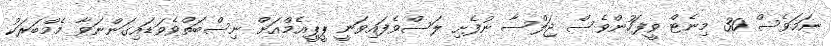
ނަމަވެސް 30 މިނެޓް ވީފަހުންވެސް ޖަލްސާ ނުފެށި ލަސްވެފައިވަނީ ޕީޕީއެމްއަށް ނިސްބަތްވެވަޑައިގަންނަވާ މެމްބަރަކު